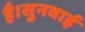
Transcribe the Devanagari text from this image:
है।सुनवाई